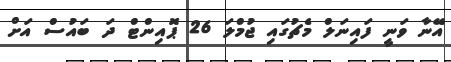
އޭނާ ވަނީ ފައިނަލް މެޗުގައި ޖުމްލަ 26 ޕޮއިންޓް ދަ ބައުސް އަށް